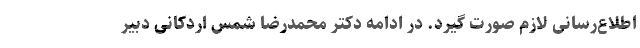
اطلاع‌رسانی لازم صورت گیرد. در ادامه دکتر محمدرضا شمس اردکانی دبیر